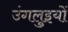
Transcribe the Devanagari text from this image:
उंगलुइयों